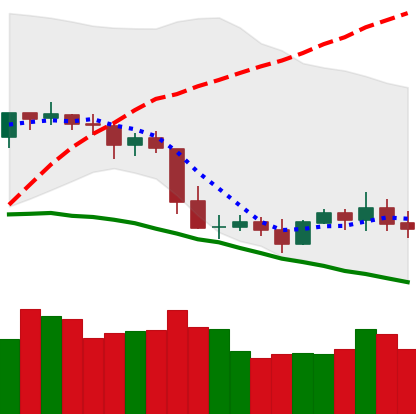
Ticker: XLM-USD
Chart end date: 2019-05-05
Forward return: -6.545%
Label: down_5_7